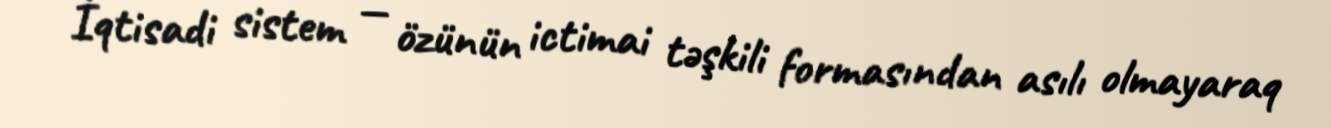
İqtisadi sistem — özünün ictimai təşkili formasından asılı olmayaraq